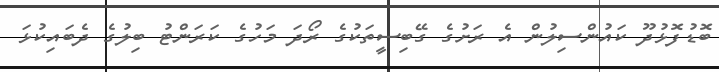
ބޮޑުފޮޅުދޫ ކައުންސިލުން އެ ރަށުގެ ގޭބިސީތަކުގެ ރޯދަ މަހުގެ ކަރަންޓު ބިލުގެ ދެބައިކުޅަ